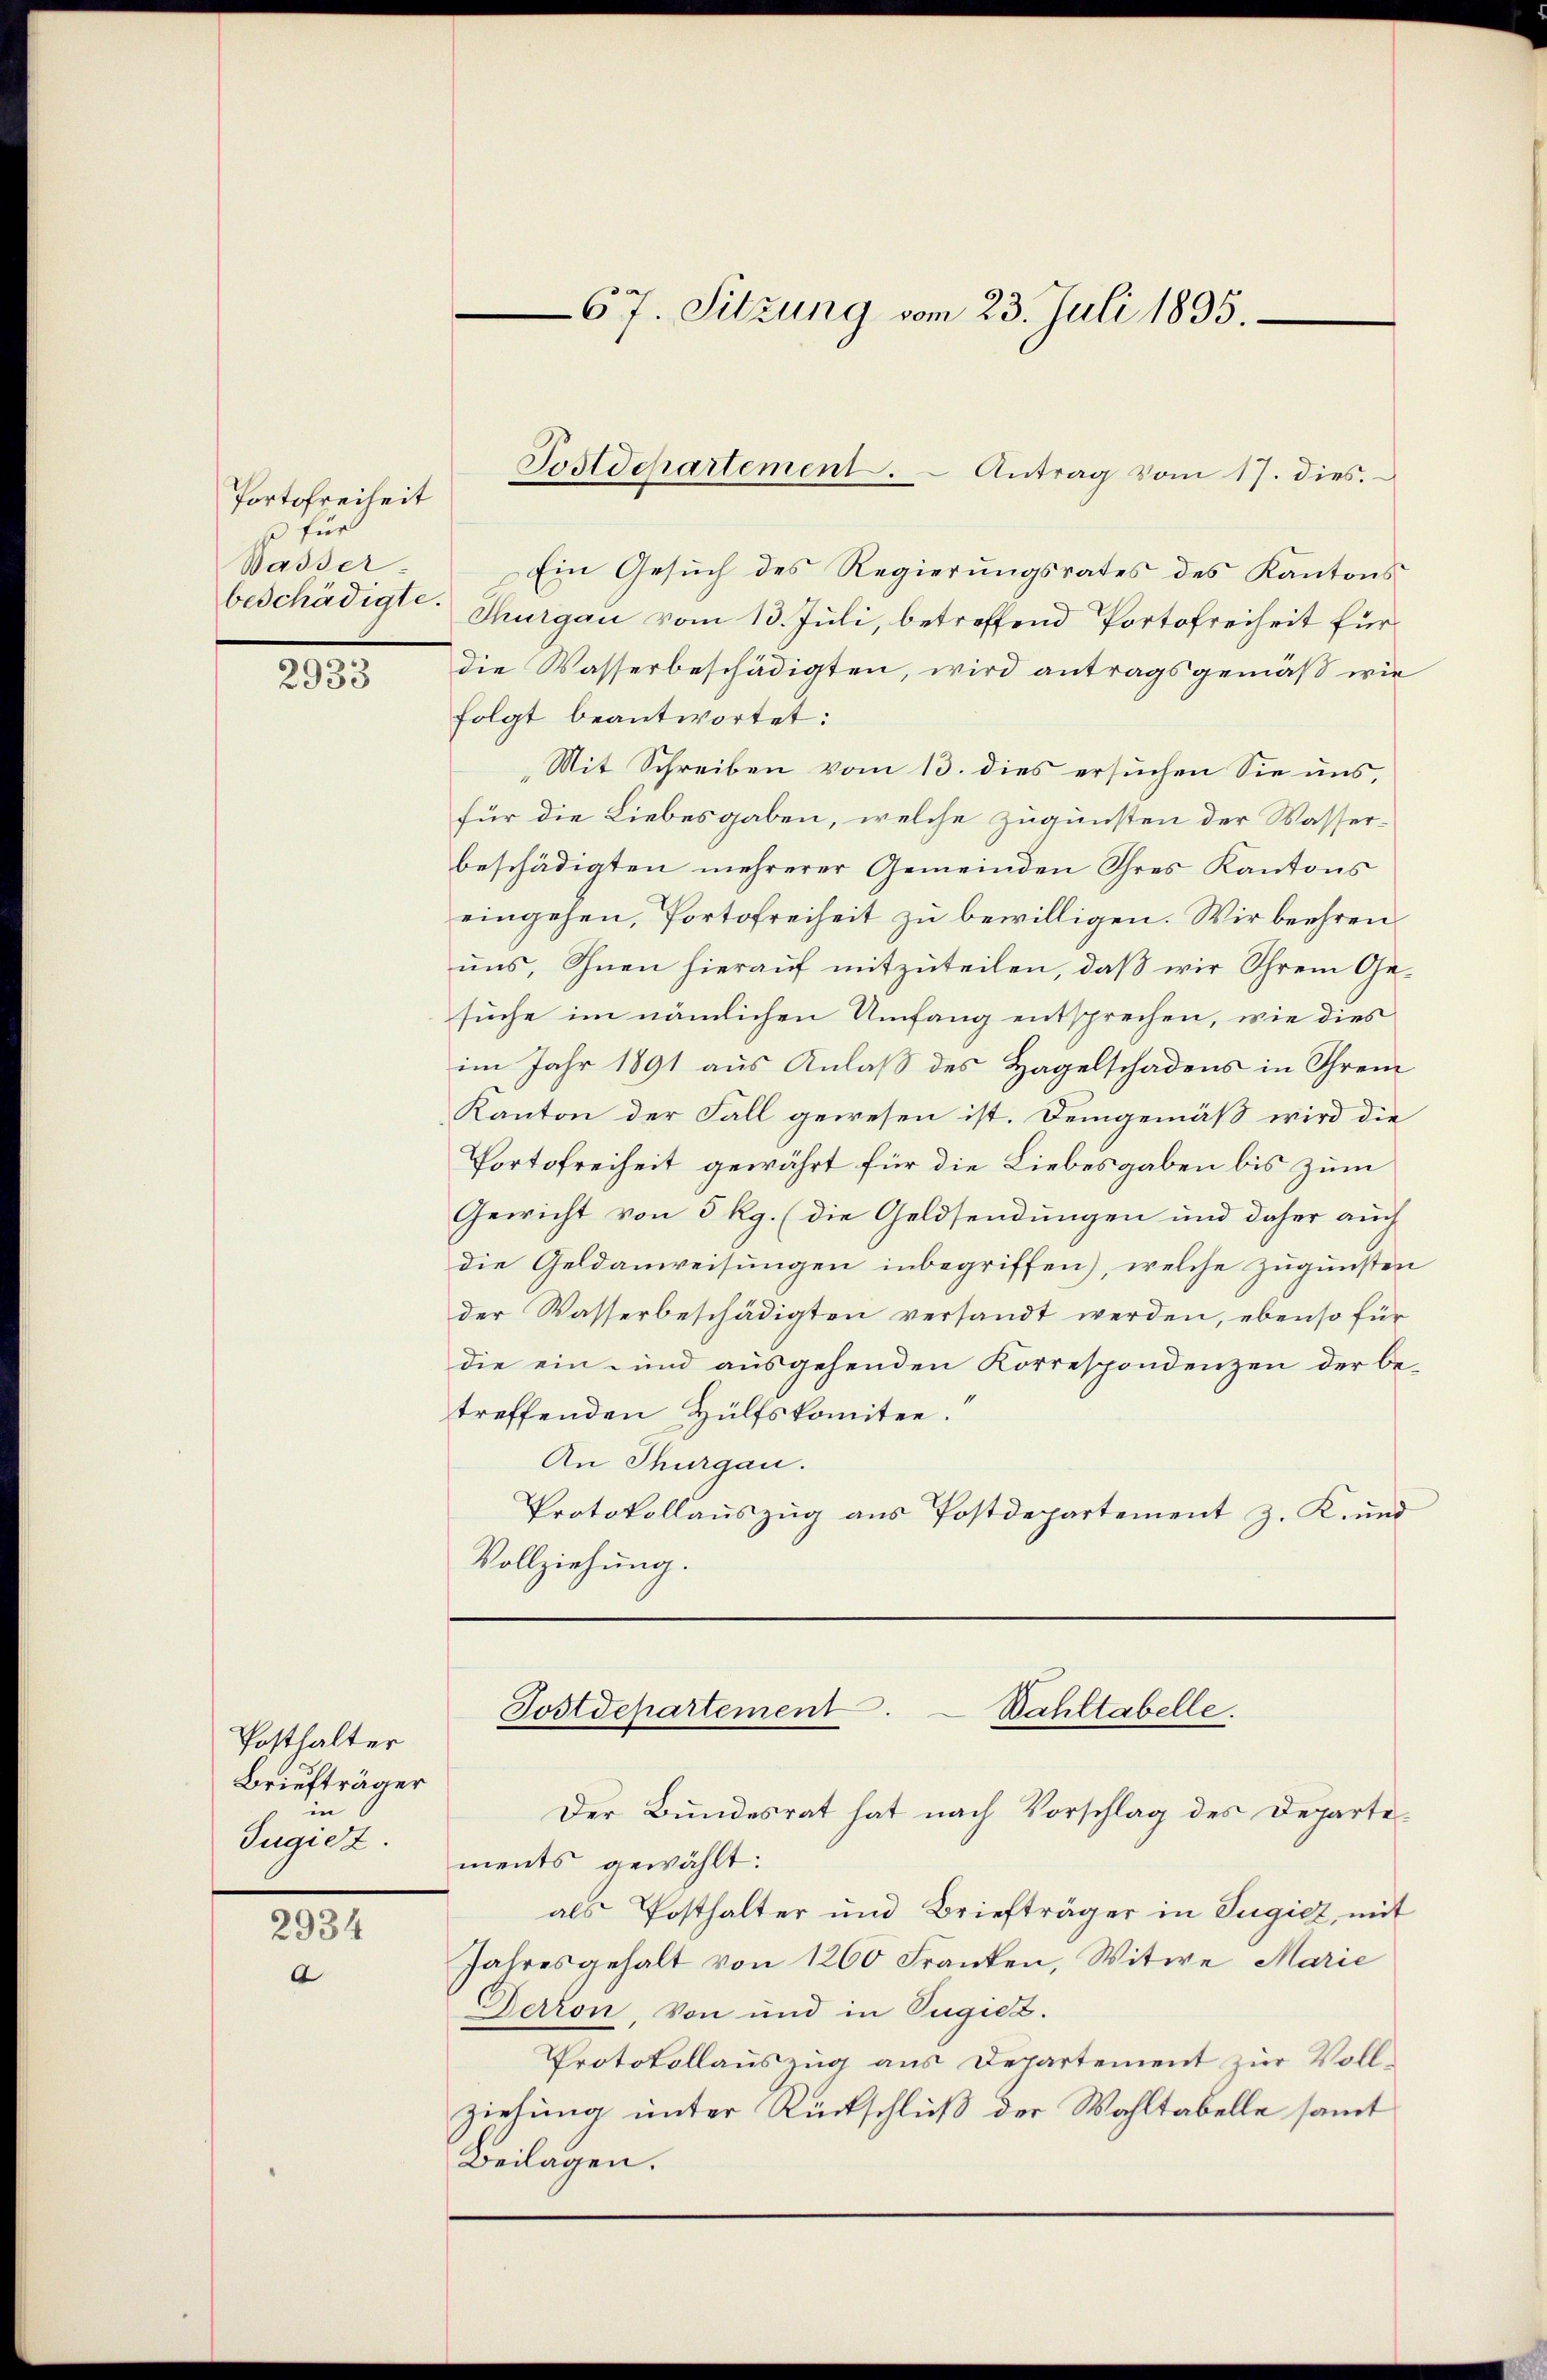
Portofreiheit
se für
Wasser
beschädigte.

2933

Ein Gesuch des Regierungsrates des Kantons
Thurgau vom 13. Juli, betreffend Portofreiheit für
die Wasserbeschädigten, wird antragsgemäß wie
folgt beantwortet:
Mit Schreiben vom 13. dies ersuchen Sie uns,
für die Liebesgaben, welche zugunsten der Wasserbeschädigten mehrerer Gemeinden Ihres Kantons
eingehen, Portofreiheit zu bewilligen. Wir beehren
uns, Ihnen hierauf mitzuteilen, daß wir Ihrem Gesuche im nämlichen Umfang entsprechen, wie dies
im Jahr 1891 aus Anlaß des Hagelschadens in Ihrem
Kanton der Fall gewesen ist. Demgemäß wird die
Portofreiheit gewährt für die Liebesgaben bis zum
Gewicht von 5 Rg. (die Geldsendungen und daher auch
die Geldanweisungen inbegriffen), welche zugunsten
der Wasserbeschädigten versandt werden, ebenso für
die ein und ausgehenden Korrespondenzen der be-
treffenden Hülfskomitee.
An Thurgau.
Protokollaŭszŭg aŭs Postdepartement z. K. und
Vollziehung.

Posthalter
Briefträger
in
Jugiez.

2934
e

67. Sitzung vom 23. Juli 1835.

Postdepartement. Antrag vom 17. dies.

Postdepartement.
Bahltabelle.

Der Bundesrat hat nach Vorschlag des Departements gewählt:
als Posthalter und Briefträger in Tugicz, mit
Jahresgehalt von 1260 Franken, Witwe Marie
Gerron, von und in Tugiez.
Protokollauszug aus Departement zur Vollziehung unter Rückschluß der Wahltabelle samt
Beilagen.